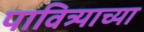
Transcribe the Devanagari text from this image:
पावित्र्याच्या